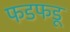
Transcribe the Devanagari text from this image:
फडफडू